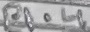
Text: P1.4